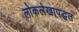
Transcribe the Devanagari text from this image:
लोकलेखापद्धत